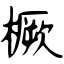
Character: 橛